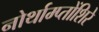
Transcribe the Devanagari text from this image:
नोर्थाम्प्तोंशिरे